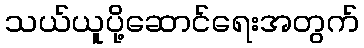
သယ်ယူပို့ဆောင်ရေးအတွက်